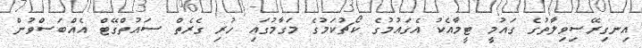
އިނގިރޭސިވިލާތުގެ ގައުމީ ޓީމާއެކު އެގައުމުގެ ކޯޗުކަމުގެ މަގާމުގައި ހުރި ގެރެތް ސައުތްގޭޓް އެއްބަސްވުން